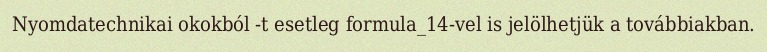
Nyomdatechnikai okokból -t esetleg formula_14-vel is jelölhetjük a továbbiakban.